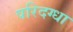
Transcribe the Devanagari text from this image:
परिदग्धा